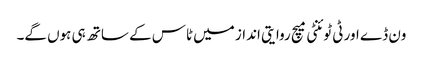
ون ڈے اور ٹی ٹوئنٹی میچ روایتی انداز میں ٹاس کے ساتھ ہی ہوں گے۔